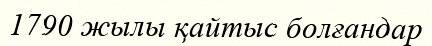
1790 жылы қайтыс болғандар